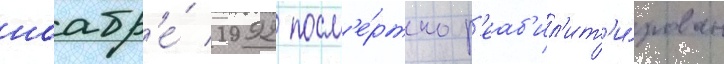
ноабр'е́ 1992 посм'е́ртно р'еаб'ил'ит'и́рован